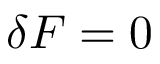
\delta F = 0